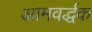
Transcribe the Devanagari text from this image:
आमवर्द्धक